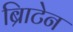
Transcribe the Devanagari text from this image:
ब्रिाटेन